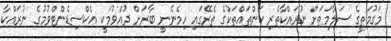
މަގުމަތީގެ ސަލާމަތަށް ނުރައްކާތެރި ކަންތައްތަކުގެ ތެރޭގައި ހިމެނެނީ ބާރަށް ދުއްވުމަކީ އެކްސިޑެންޓްވުމުގެ ނުރައްކާ